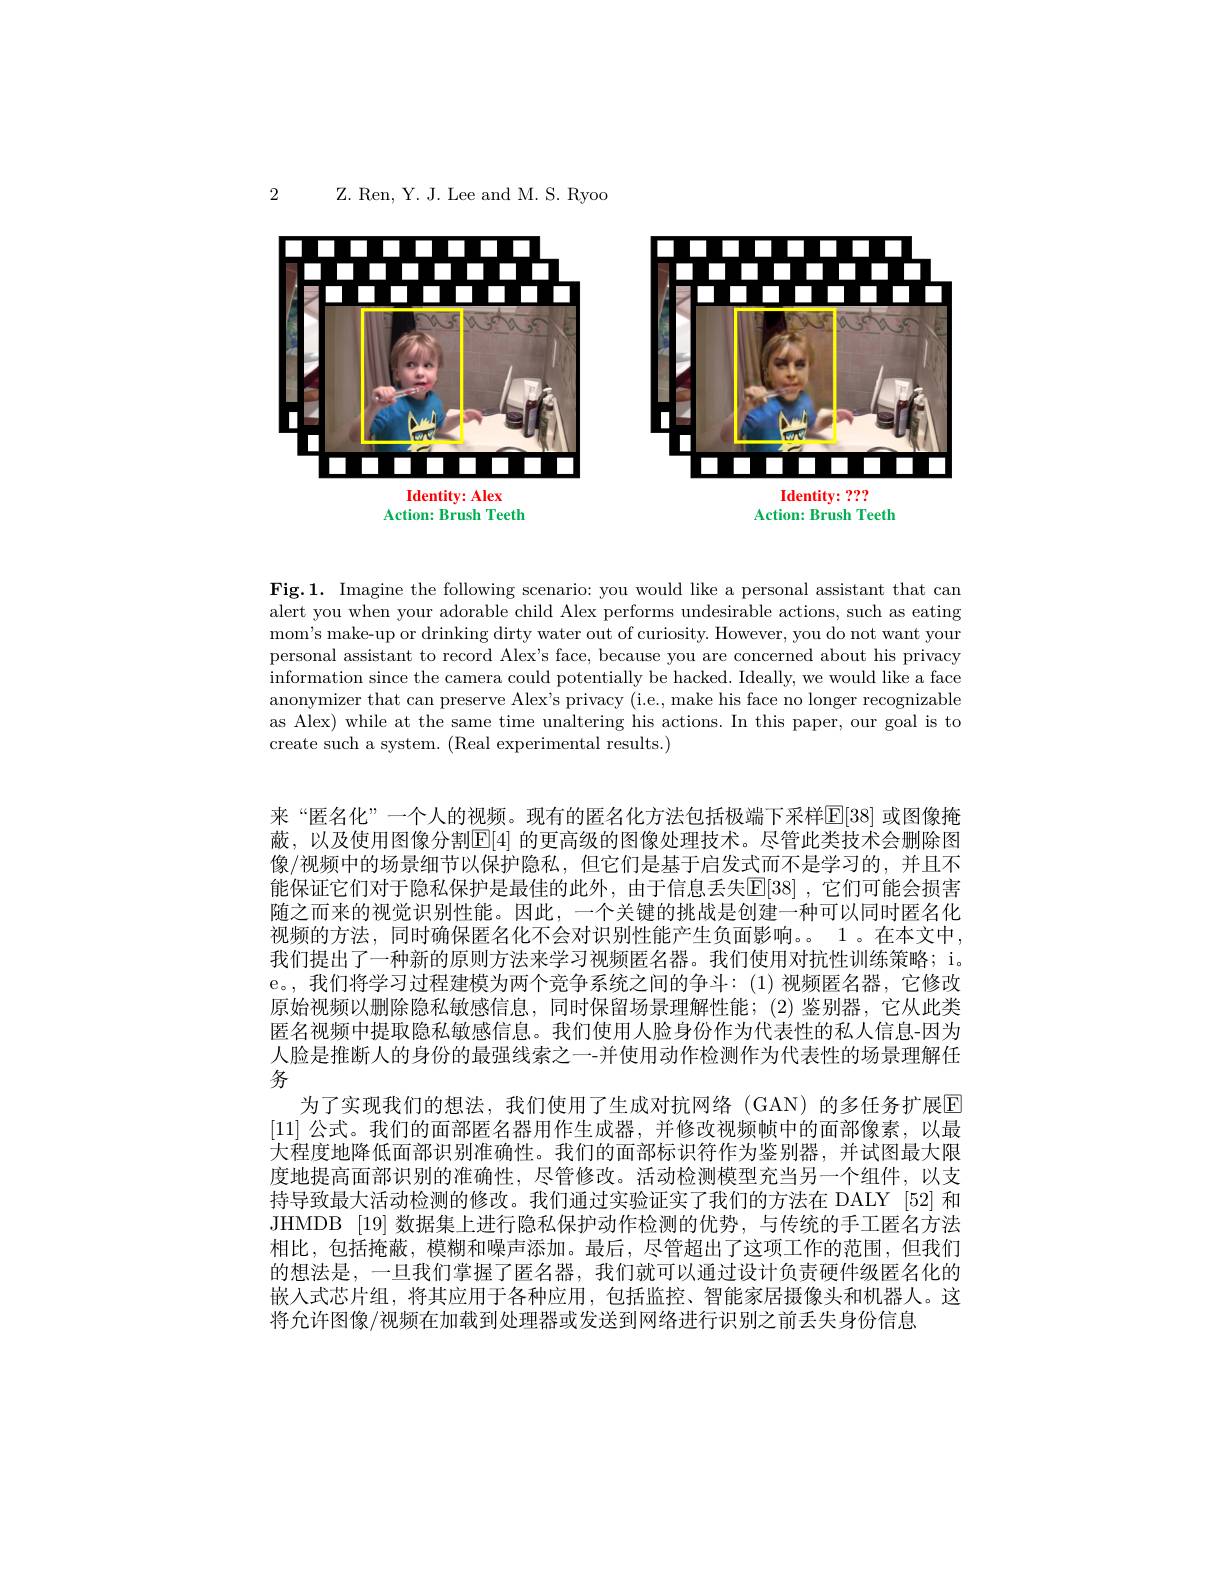
2

Z. Ren, Y. J. Lee and M. S. Ryoo

<FigureHere>

Action: Brush Teeth
Action: Brush Teeth

Fig.1. Imagine the following scenario: you would like a personal assistant that can alert you when your adorable child Alex performs undesirable actions, such as eating mom's make-up or drinking dirty water out of curiosity. However, you do not want your personal assistant to record Alex's face, because you are concerned about his privacy information since the camera could potentially be hacked. Ideally, we would like a face anonymizer that can preserve Alex's privacy (i.e., make his face no longer recognizable as Alex) while at the same time unaltering his actions. In this paper, our goal is to create such a system. (Real experimental results.)

来“匿名化”一个人的视频。现有的匿名化方法包括极端下采样$\mathbb{E}[38]$ 或图像掩蔽，以及使用图像分割E[4] 的更高级的图像处理技术。尽管此类技术会删除图像/视频中的场景细节以保护隐私，但它们是基于启发式而不是学习的，并且不能保证它们对于隐私保护是最佳的此外，由于信息丢失E[38] ,它们可能会损害随之而来的视觉识别性能。因此，一个关键的挑战是创建一种可以同时匿名化视频的方法，同时确保匿名化不会对识别性能产生负面影响。。1。在本文中， 我们提出了一种新的原则方法来学习视频匿名器。我们使用对抗性训练策略；i。e。, 我们将学习过程建模为两个竞争系统之间的争斗：(1)视频匿名器，它修改原始视频以删除隐私敏感信息，同时保留场景理解性能；(2)鉴别器，它从此类匿名视频中提取隐私敏感信息。我们使用人脸身份作为代表性的私人信息-因为人脸是推断人的身份的最强线索之一-并使用动作检测作为代表性的场景理解任务
为了实现我们的想法，我们使用了生成对抗网络(GAN)的多任务扩展E [11]公式。我们的面部匿名器用作生成器，并修改视频帧中的面部像素，以最大程度地降低面部识别准确性。我们的面部标识符作为鉴别器，并试图最大限度地提高面部识别的准确性，尽管修改。活动检测模型充当另一个组件，以支持导致最大活动检测的修改。我们通过实验证实了我们的方法在 DALY [52] 和JHMDB [19] 数据集上进行隐私保护动作检测的优势，与传统的手工匿名方法相比，包括掩蔽，模糊和噪声添加。最后，尽管超出了这项工作的范围，但我们的想法是，一旦我们掌握了匿名器，我们就可以通过设计负责硬件级匿名化的嵌入式芯片组，将其应用于各种应用，包括监控、智能家居摄像头和机器人。这将允许图像/视频在加载到处理器或发送到网络进行识别之前丢失身份信息